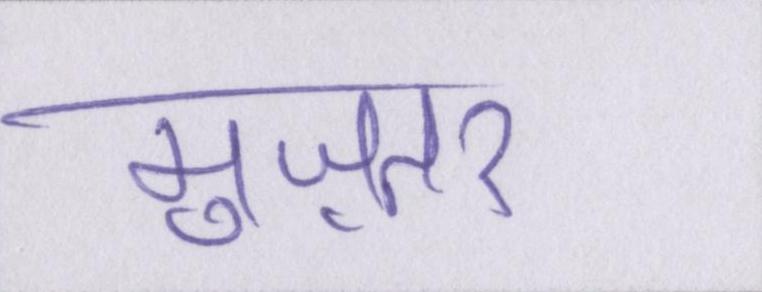
मुज़तर